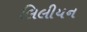
લિલીયન